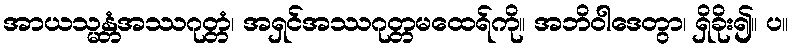
အာယသ္မန္တံအဿဂုတ္တံ၊ အရှင်အဿဂုတ္တမထေရ်ကို။ အဘိဝါဒေတွာ၊ ရှိခိုး၍။ ပ။